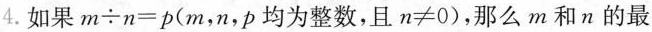
4.如果$$m \div n = p$$(m，n，p均为整数，且$$n \neq 0$$)，那么m和n的最